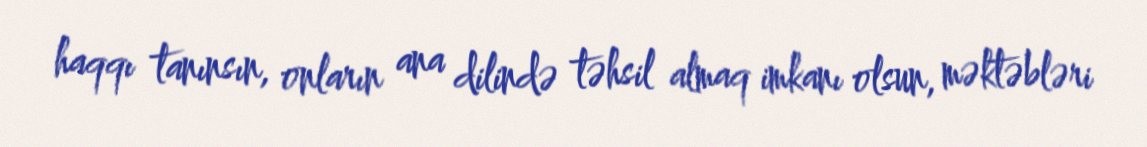
haqqı tanınsın, onların ana dilində təhsil almaq imkanı olsun, məktəbləri